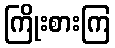
ကြိုးစားကြ